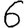
Digit: 6